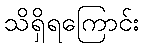
သိရှိရကြောင်း